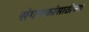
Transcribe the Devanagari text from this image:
संगणकांसाठीच्या